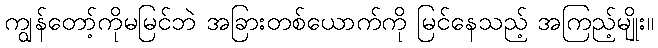
ကျွန်တော့်ကိုမမြင်ဘဲ အခြားတစ်ယောက်ကို မြင်နေသည့် အကြည့်မျိုး။